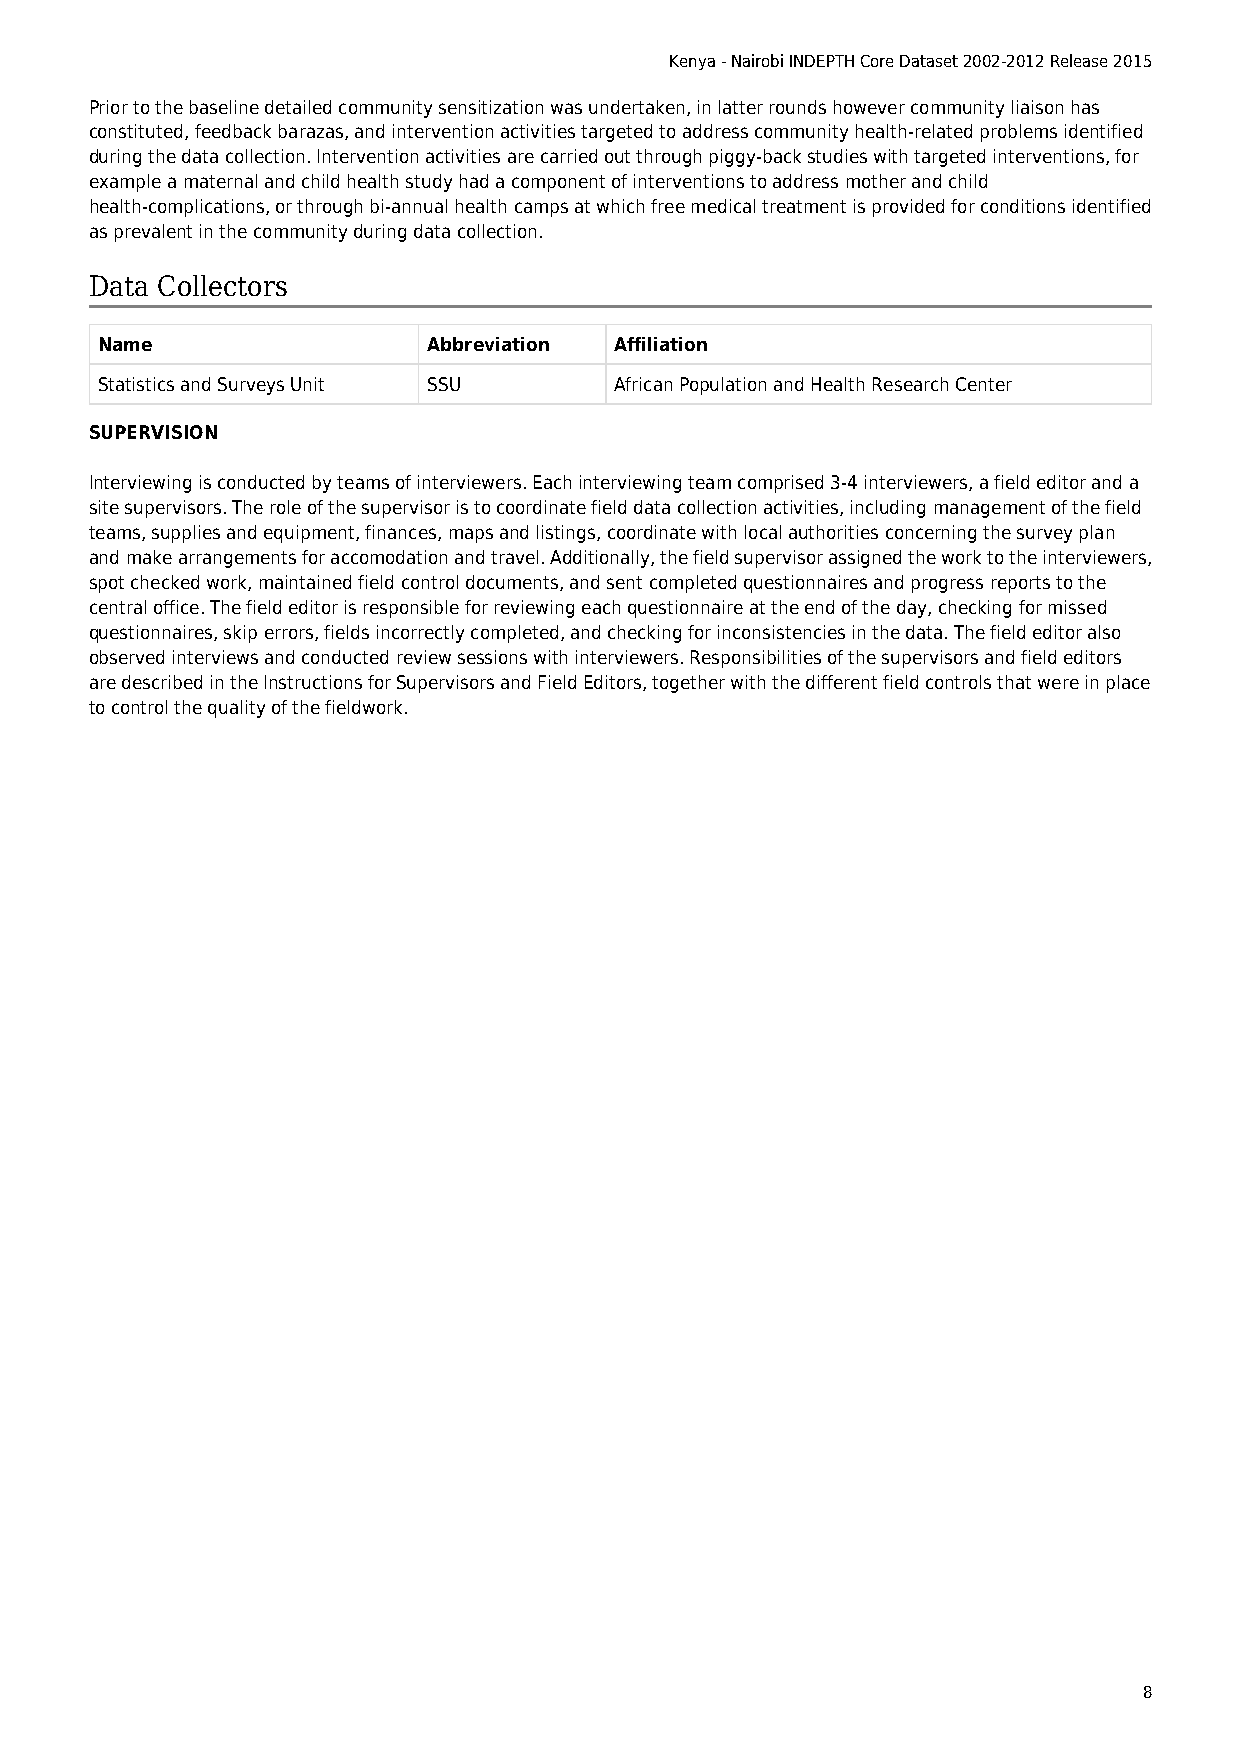
Kenya - Nairobi INDEPTH Core Dataset 2002-2012 Release 2015
 Prior to the baseline detailed community sensitization was undertaken, in latter rounds however community liaison has
 constituted, feedback barazas, and intervention activities targeted to address community health-related problems identified
 during the data collection. Intervention activities are carried out through piggy-back studies with targeted interventions, for
 example a maternal and child health study had a component of interventions to address mother and child
 health-complications, or through bi-annual health camps at which free medical treatment is provided for conditions identified
 as prevalent in the community during data collection.
 Data Collectors
 Name                  Abbreviation Affiliation
 Statistics and Surveys Unit SSU    African Population and Health Research Center
 SUPERVISION
 Interviewing is conducted by teams of interviewers. Each interviewing team comprised 3-4 interviewers, a field editor and a
 site supervisors. The role of the supervisor is to coordinate field data collection activities, including management of the field
 teams, supplies and equipment, finances, maps and listings, coordinate with local authorities concerning the survey plan
 and make arrangements for accomodation and travel. Additionally, the field supervisor assigned the work to the interviewers,
 spot checked work, maintained field control documents, and sent completed questionnaires and progress reports to the
 central office. The field editor is responsible for reviewing each questionnaire at the end of the day, checking for missed
 questionnaires, skip errors, fields incorrectly completed, and checking for inconsistencies in the data. The field editor also
 observed interviews and conducted review sessions with interviewers. Responsibilities of the supervisors and field editors
 are described in the Instructions for Supervisors and Field Editors, together with the different field controls that were in place
 to control the quality of the fieldwork.
 8